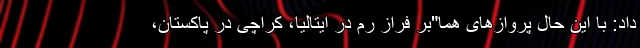
داد: با این حال پروازهای هما"بر فراز رم در ایتالیا، کراچی در پاکستان،